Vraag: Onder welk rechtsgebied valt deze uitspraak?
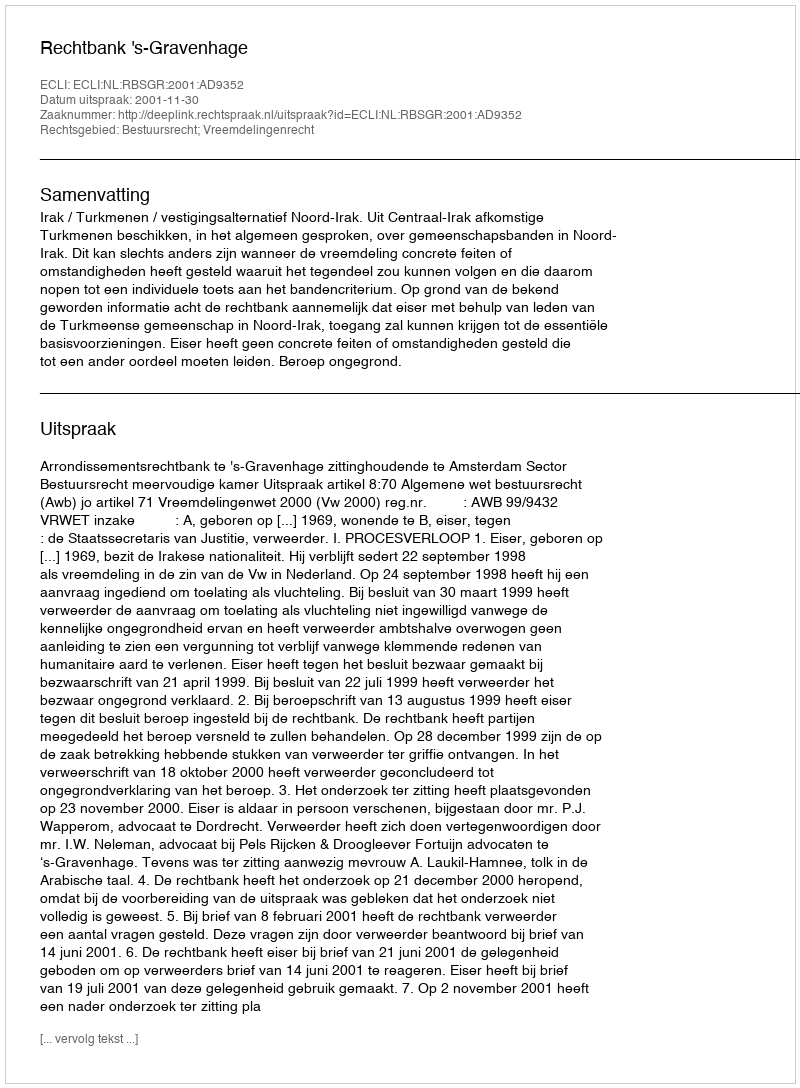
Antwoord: Bestuursrecht; Vreemdelingenrecht